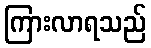
ကြားလာရသည်